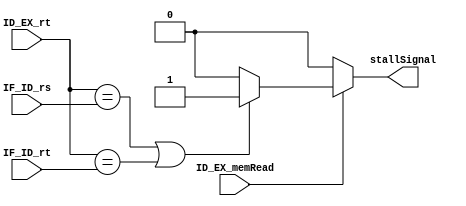
module stallingControl(ID_EX_memRead,ID_EX_rt,IF_ID_rs,IF_ID_rt,stallSignal);
	
	//input selectorOfBranchMux;
	input ID_EX_memRead;//if 1 then lw operation				
	input [4:0] ID_EX_rt,IF_ID_rs,IF_ID_rt;		
	output reg stallSignal;
	
	always@* 

		begin			//$display($time,,"ID_EX_memRead=%b ID_EX_rt=%d IF_ID_rs=%d IF_ID_rt=%d",ID_EX_memRead,ID_EX_rt,IF_ID_rs,IF_ID_rt);
			if(ID_EX_memRead)
				begin
					if( (ID_EX_rt==IF_ID_rs) || (ID_EX_rt==IF_ID_rt) )
						begin stallSignal=1;	  /*$display($time,,"stall is 1");*/	 end
					else
						begin stallSignal=0;	 /* $display($time,,"stall is 0");*/	 end
				end	
			/*else if(selectorOfBranchMux)
				stallSignal=1;*///beq
				
			else
				begin stallSignal=0;	  /*$display($time,,"stall is 0");*/	 end

				
		end
		
		
	
endmodule